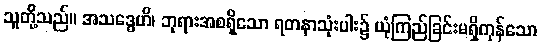
သူတို့သည်။ အသဒ္ဓေဟိ၊ ဘုရားအစရှိသော ရတနာသုံးပါး၌ ယုံကြည်ခြင်းမရှိကုန်သော